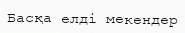
Басқа елді мекендер